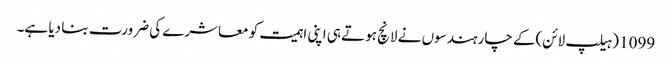
1099 (ہیلپ لائن)کے چار ہندسوں نے لانچ ہوتے ہی اپنی اہمیت کو معاشرے کی ضرورت بنا دیا ہے۔